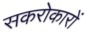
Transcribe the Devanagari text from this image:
सकरोकारों